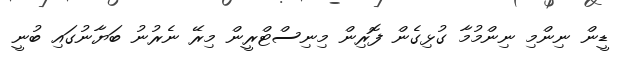
ޑީން ނިންމި ނިންމުމާ ގުޅިގެން ފޮރިން މިނިސްޓްރީން މިރޭ ނެރުނު ބަޔާނުގައި ބުނީ